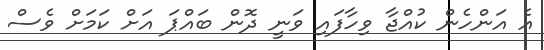
އެ އަންހެން ކުއްޖާ ވިހާފައި ވަނީ ދޮން ބައްޕަ އަށް ކަމަށް ވެސް